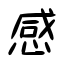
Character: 感